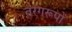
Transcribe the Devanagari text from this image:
तरंगरूपों